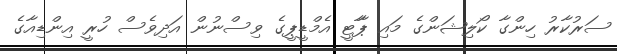
ސަރުކާރު ހިންގާ ކޯލިޝަންގެ މައި ޕާާޓީ އެމްޑީޕީގެ ވިސްނުން އަދިވެސް ހުރީ އިންޑިއާގެ